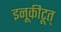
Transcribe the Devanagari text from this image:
इनूकीटूत्